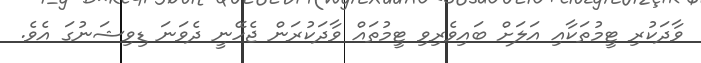
ވާދަކުރި ޓީމުތަކާއި އަލަށް ބައިވެރިވި ޓީމުތައް ވާދަކުރަން ޖެހޭނީ ދެވަނަ ޑިވިޝަނުގަ އެވެ.